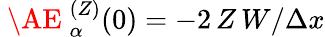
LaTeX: {\mathrm{~\AE~}_{\alpha}^{(Z)}(0)=-2\, Z\, W/\Delta x}